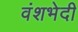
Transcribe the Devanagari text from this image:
वंशभेदी